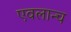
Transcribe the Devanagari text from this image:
एवलान्च